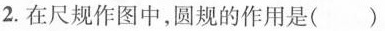
2.在尺规作图中，圆规的作用是( )